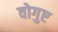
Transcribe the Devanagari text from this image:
वोगुए